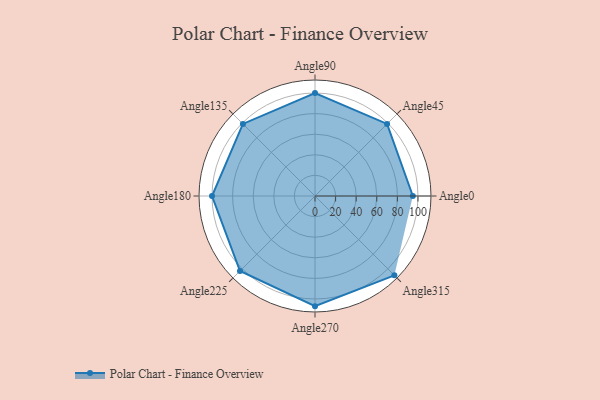
{"axis": {"x": "Angle", "y": "Radius"}, "legend": [""], "data": [{"x": "Angle0", "y": 95.0, "type": ""}, {"x": "Angle45", "y": 99.0, "type": ""}, {"x": "Angle90", "y": 100.0, "type": ""}, {"x": "Angle135", "y": 99.0, "type": ""}, {"x": "Angle180", "y": 100.0, "type": ""}, {"x": "Angle225", "y": 103.0, "type": ""}, {"x": "Angle270", "y": 107.0, "type": ""}, {"x": "Angle315", "y": 109.0, "type": ""}]}